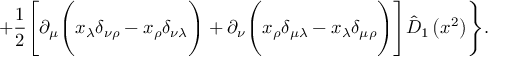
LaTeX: + \frac 1 2 \Biggl [ \partial _ { \mu } \Biggl ( x _ { \lambda } \delta _ { \nu \rho } - x _ { \rho } \delta _ { \nu \lambda } \Biggr ) + \partial _ { \nu } \Biggl ( x _ { \rho } \delta _ { \mu \lambda } - x _ { \lambda } \delta _ { \mu \rho } \Biggr ) \Biggr ] \hat { D } _ { 1 } \left( x ^ { 2 } \right) \Biggr \} .